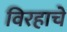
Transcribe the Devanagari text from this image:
विरहाचे